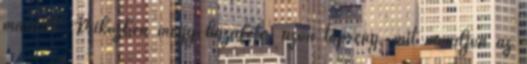
maradt. Miközben megy hazafelé, azon töpreng, mit mondjon az